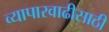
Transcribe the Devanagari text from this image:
व्यापारवाढीसाठी